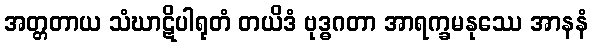
အတ္တတာယ သံဃာဋိပါရုတံ တယိဒံ ဗုဒ္ဓဂတာ အာရက္ခမနုဿေ အာနနံ